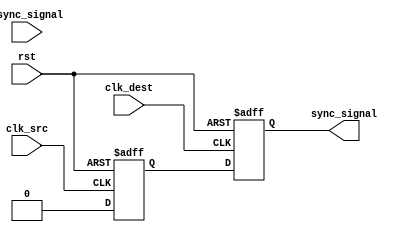
module pulsed_synchronizer (
    input wire async_signal,      // Asynchronous input signal
    input wire clk_src,          // Source clock
    input wire clk_dest,         // Destination clock
    input wire rst,              // Asynchronous reset
    output reg sync_signal        // Synchronized output signal
);

    // Internal signals
    reg ff_src;                  // First flip-flop output in source clock domain
    reg pulse;                   // Pulse signal generated from ff_src

    // First stage: Capture async_signal in the source clock domain
    always @(posedge clk_src or posedge rst) begin
        if (rst) begin
            ff_src <= 1'b0;
        end else begin
            ff_src <= async_signal;
        end
    end

    // Pulse generation logic
    always @(posedge clk_src or posedge rst) begin
        if (rst) begin
            pulse <= 1'b0;
        end else begin
            // Generate a pulse on the rising edge of ff_src
            pulse <= ff_src & ~ff_src; // This will create a pulse when ff_src changes
        end
    end

    // Second stage: Capture pulse in the destination clock domain
    always @(posedge clk_dest or posedge rst) begin
        if (rst) begin
            sync_signal <= 1'b0;
        end else begin
            sync_signal <= pulse;
        end
    end

endmodule